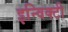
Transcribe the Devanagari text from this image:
इन्विक्टी